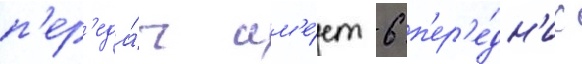
п'ер'еда́ч им'е́ет 6 п'ер'е́дн'их